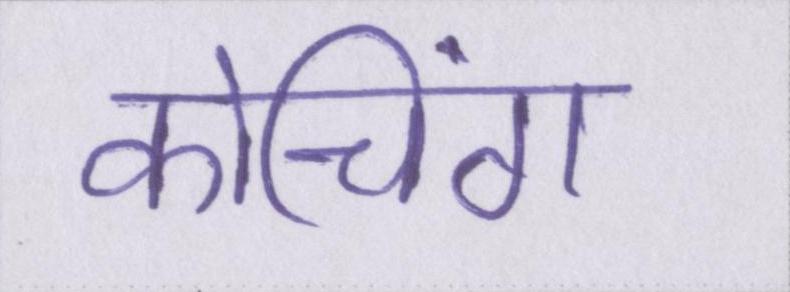
कोचिंग